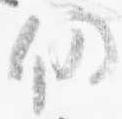
仍